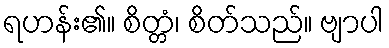
ရဟန်း၏။ စိတ္တံ၊ စိတ်သည်။ ဗျာပါ